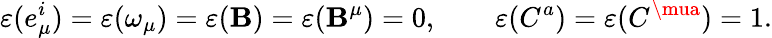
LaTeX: \varepsilon(e_{\mu}^{i})=\varepsilon(\omega_{\mu})=\varepsilon(\mathbf{B})=\varepsilon(\mathbf{B}^{\mu})=0,\qquad\varepsilon(C^{a})=\varepsilon(C^{\mua})=1.